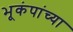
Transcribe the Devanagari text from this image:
भूकंपांच्या